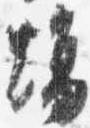
場